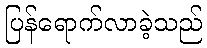
ပြန်ရောက်လာခဲ့သည်